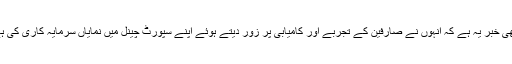
اچھی خبر یہ ہے کہ انہوں نے صارفین کے تجربے اور کامیابی پر زور دیتے ہوئے اپنے سپورٹ چینل میں نمایاں سرمایہ کاری کی ہے۔